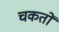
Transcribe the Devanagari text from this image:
चकतों